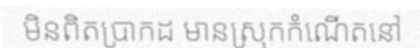
មិនពិតប្រាកដ មានស្រុកកំណើតនៅ